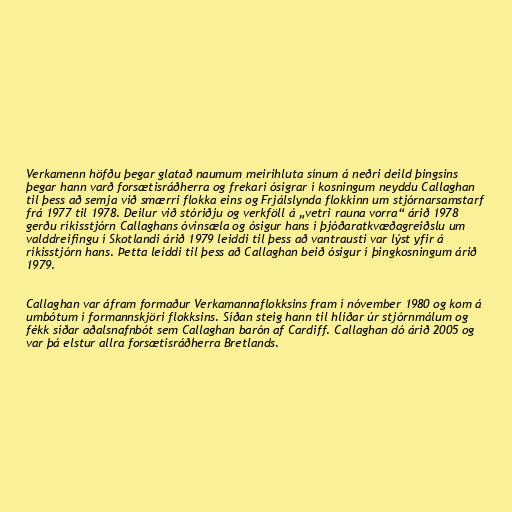
Verkamenn höfðu þegar glatað naumum meirihluta sínum á neðri deild þingsins
þegar hann varð forsætisráðherra og frekari ósigrar í kosningum neyddu Callaghan
til þess að semja við smærri flokka eins og Frjálslynda flokkinn um stjórnarsamstarf
frá 1977 til 1978. Deilur við stóriðju og verkföll á „vetri rauna vorra“ árið 1978
gerðu ríkisstjórn Callaghans óvinsæla og ósigur hans í þjóðaratkvæðagreiðslu um
valddreifingu í Skotlandi árið 1979 leiddi til þess að vantrausti var lýst yfir á
ríkisstjórn hans. Þetta leiddi til þess að Callaghan beið ósigur í þingkosningum árið
1979.

Callaghan var áfram formaður Verkamannaflokksins fram í nóvember 1980 og kom á
umbótum í formannskjöri flokksins. Síðan steig hann til hliðar úr stjórnmálum og
fékk síðar aðalsnafnbót sem Callaghan barón af Cardiff. Callaghan dó árið 2005 og
var þá elstur allra forsætisráðherra Bretlands.